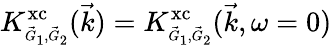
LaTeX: K_{\scriptscriptstyle\vec{G}_{1},\vec{G}_{2}}^{\mathrm{xc}}(\vec{k})=K_{\scriptscriptstyle\vec{G}_{1},\vec{G}_{2}}^{\mathrm{xc}}(\vec{k},\omega=0)